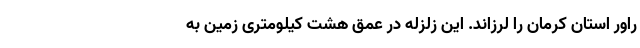
راور استان کرمان را لرزاند. این زلزله در عمق هشت کیلومتری زمین به